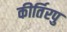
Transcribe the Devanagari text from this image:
कीर्तिरपु